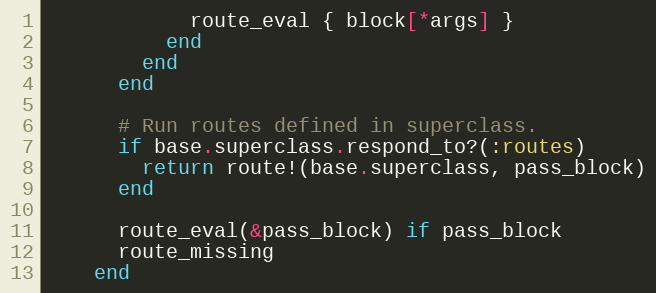
Language: Ruby
            route_eval { block[*args] }
          end
        end
      end

      # Run routes defined in superclass.
      if base.superclass.respond_to?(:routes)
        return route!(base.superclass, pass_block)
      end

      route_eval(&pass_block) if pass_block
      route_missing
    end